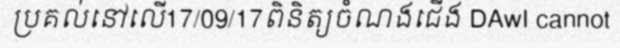
ប្រគល់នៅលើ17/09/17ពិនិត្យចំណងជើង DAwI cannot